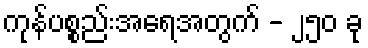
ကုန်ပစ္စည်းအရေအတွက် - ၂၅၀ ခု